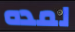
لمده